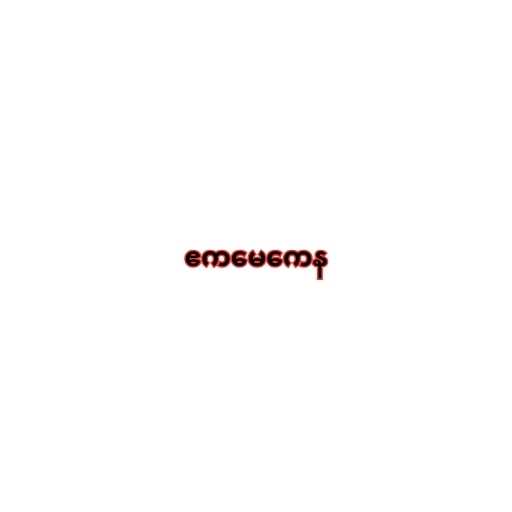
ဧကမေကေန